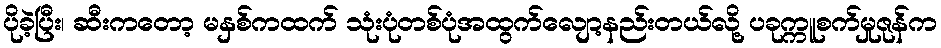
ပိုခဲ့ပြီး၊ ဆီးကတော့ မနှစ်ကထက် သုံးပုံတစ်ပုံအထွက်လျော့နည်းတယ်လို့ ပခုက္ကူစက်မှုဇုန်က